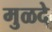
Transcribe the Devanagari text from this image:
मुळदे